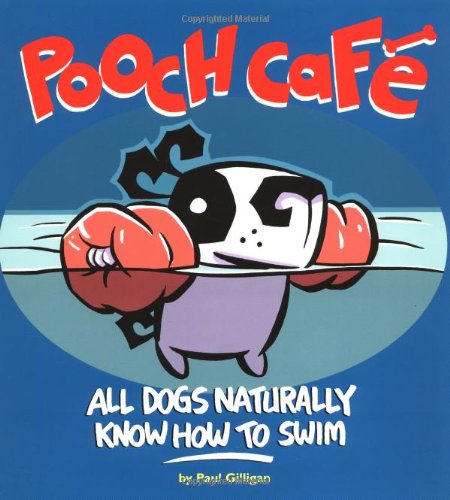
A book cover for Pooch Cafe: All Dogs Naturally Know How To Swim; Paul Gilligan; Humor & Entertainment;